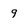
Character: 9